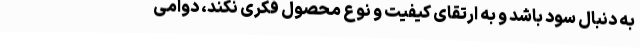
به دنبال سود باشد و به ارتقای کیفیت و نوع محصول فکری نکند، دوامی